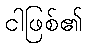
ငါဖြစ်၏